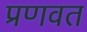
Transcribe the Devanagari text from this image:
प्रणवत